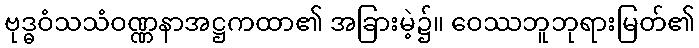
ဗုဒ္ဓဝံသသံဝဏ္ဏနာအဋ္ဌကထာ၏ အခြားမဲ့၌။ ဝေဿဘူဘုရားမြတ်၏